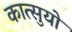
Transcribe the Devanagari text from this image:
कात्सुयो